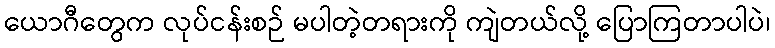
ယောဂီတွေက လုပ်ငန်းစဉ် မပါတဲ့တရားကို ကျဲတယ်လို့ ပြောကြတာပါပဲ၊